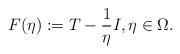
LaTeX: \begin{align*}F(\eta):=T-\frac{1}{\eta}I, \eta \in \Omega.\end{align*}